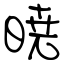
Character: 暁